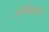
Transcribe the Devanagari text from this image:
अंबिकेकडे